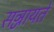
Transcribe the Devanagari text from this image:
सञ्जायते